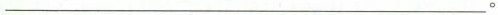
___________________________。